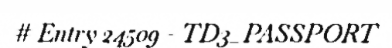
# Entry 24509 - TD3_PASSPORT